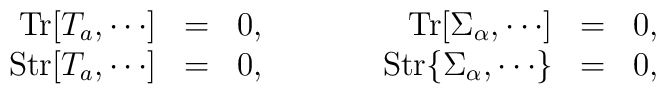
\begin{array}{rclcrcl}\mbox{Tr}[T_a , \cdots] &=& 0, & {\qquad} & \mbox{Tr}[\Sigma_\alpha, \cdots] &=& 0, \\ \mbox{Str}[T_a , \cdots] &=& 0, & {\qquad} & \mbox{Str}\{\Sigma_\alpha, \cdots\} &=& 0,\end{array}